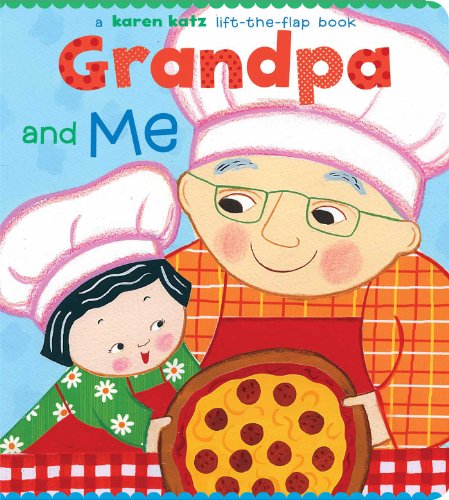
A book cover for Grandpa and Me (Karen Katz Lift-the-Flap Books); Karen Katz; Children's Books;